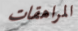
المراهقات